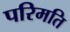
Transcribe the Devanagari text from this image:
परिमति